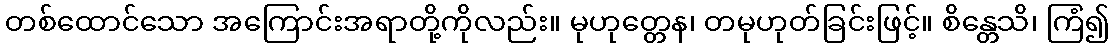
တစ်ထောင်သော အကြောင်းအရာတို့ကိုလည်း။ မုဟုတ္တေန၊ တမုဟုတ်ခြင်းဖြင့်။ စိန္တေသိ၊ ကြံ၍